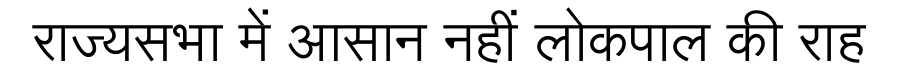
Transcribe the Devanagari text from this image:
राज्यसभा में आसान नहीं लोकपाल की राह